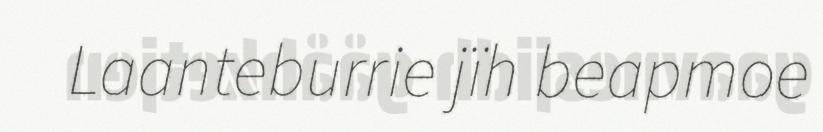
Laanteburrie jïh beapmoe